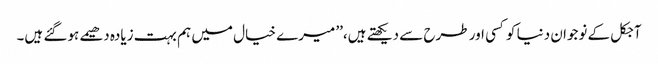
آجکل کے نوجوان دنیا کوکسی اور طرح سے دیکھتے ہیں،’’ میرے خیال میں ہم بہت زیادہ دھیمے ہوگئے ہیں۔